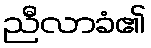
ညီလာခံ၏